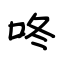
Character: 咚